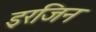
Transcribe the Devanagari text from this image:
इरजिन